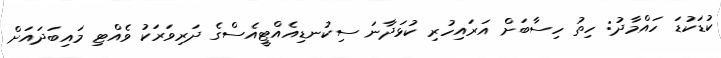
ކުޑަކުޑަ ހައްމާދު: ހިތު ހިސާބަށް އަރައިހުރި ކުޅަދާނަ ސިކުނޑިއެއްޓީއެސްގެ ދަރިވަރަކު ވެއްޓި މައިބަދައަށް